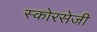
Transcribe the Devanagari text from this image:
स्कोरसेजी